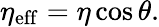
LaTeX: \eta_{\mathrm{eff}}=\eta\cos\theta.